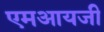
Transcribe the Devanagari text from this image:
एमआयजी